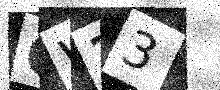
Text: OW33